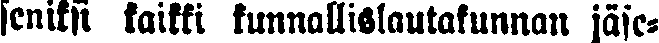
seniksi kaikki kunnallislautakunnan jäse-